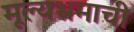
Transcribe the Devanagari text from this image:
मूल्यभ्रमाची